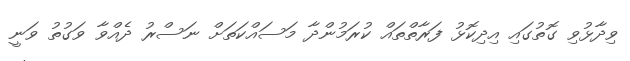
ވިދާޅުވި ގޮތުގައި އިދިކޮޅު ފަރާތްތައް ކުރަމުންދާ މަސައްކަތަށް ނަސްރު ދެއްވާ ވަގުތު ވަނީ